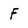
Character: f